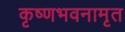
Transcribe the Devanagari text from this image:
कृष्णभवनामृत